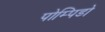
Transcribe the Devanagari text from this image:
पोम्पिडो